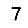
Digit: 7